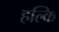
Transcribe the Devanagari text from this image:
हल्कि